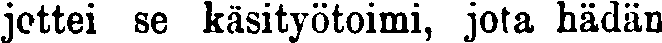
jottei se käsityötoimi, jota hädän